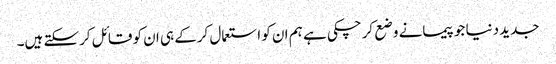
جدید دنیا جو پیمانے وضع کرچکی ہے ہم ان کو استعمال کرکے ہی ان کو قائل کرسکتے ہیں۔